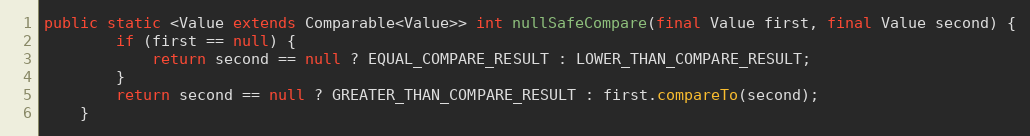
Language: Java
public static <Value extends Comparable<Value>> int nullSafeCompare(final Value first, final Value second) {
        if (first == null) {
            return second == null ? EQUAL_COMPARE_RESULT : LOWER_THAN_COMPARE_RESULT;
        }
        return second == null ? GREATER_THAN_COMPARE_RESULT : first.compareTo(second);
    }